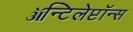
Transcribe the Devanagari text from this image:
ॲन्टिलेप्टॉन्स